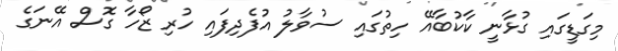
މިގަޑީގައި ގުޅާނީ ކާކުބާއޭ ހިތުގައި ސުވާލު އުފެދިފައި ހުރި ޒޯހާ ގޮސް އޭނަގެ